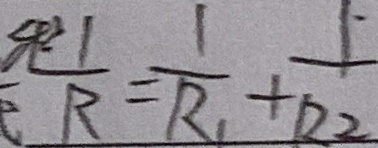
\frac { 1 } { R } = \frac { 1 } { R _ { 1 } } + \frac { 1 } { R _ { 2 } }